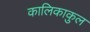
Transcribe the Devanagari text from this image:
कालिकाकुल